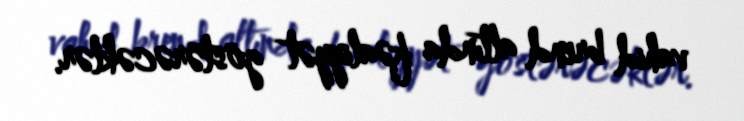
vahid brend altında fəaliyyət göstərəcəklər.